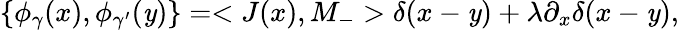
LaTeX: \left\{ \phi_{\gamma}(x),\phi_{\gamma^{\prime}}(\mathit{y})\right\} =<J(x),M_{-}>\delta(x-\mathit{y})+\lambda\partial_{x}\delta(x-\mathit{y}),